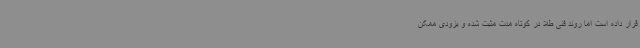
قرار داده است اما روند فنی طلا در کوتاه مدت مثبت شده و بزودی ممکن